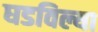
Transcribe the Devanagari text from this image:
घडविल्या